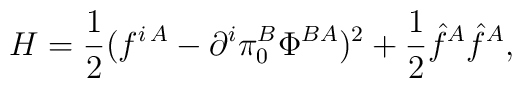
H=\frac{1}{2} (f^{i\, A} -\partial^i \pi_0^B \Phi^{BA})^2+\frac{1}{2}\hat{f}^A\hat{f}^A,